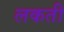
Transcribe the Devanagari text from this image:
लकती